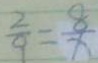
\frac { 2 } { 9 } = \frac { 8 } { x }